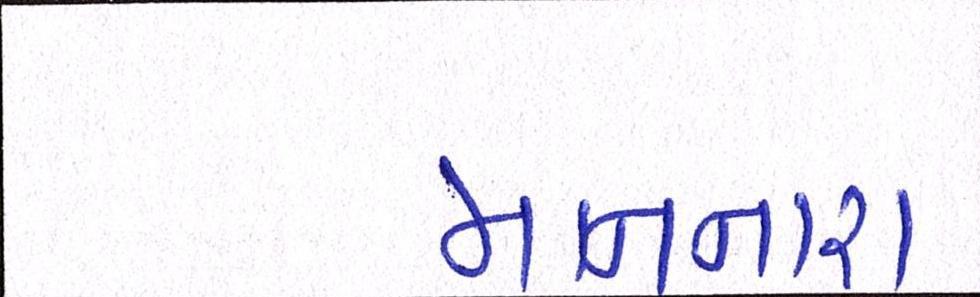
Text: માનનારા